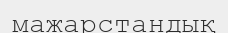
мажарстандық